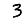
Digit: 3